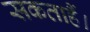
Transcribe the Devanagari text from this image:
सकताहैं।